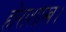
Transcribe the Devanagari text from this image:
होराशास्त्र।